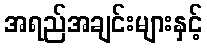
အရည်အချင်းများနှင့်